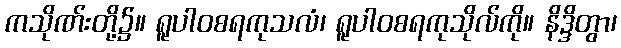
ကသိုဏ်းတို့၌။ ရူပါဝစရကုသလံ၊ ရူပါဝစရကုသိုလ်ကို။ နိဒ္ဒိတွာ၊